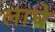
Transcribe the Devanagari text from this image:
लाघे